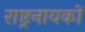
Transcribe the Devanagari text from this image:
राष्ट्रनायकों